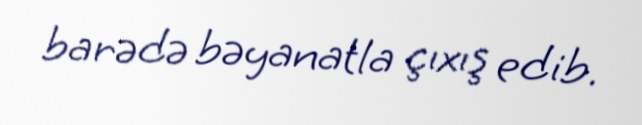
barədə bəyanatla çıxış edib.